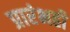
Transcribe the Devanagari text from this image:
प्रारंभही